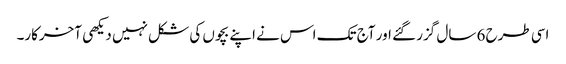
اسی طرح 6 سال گزر گئے اور آج تک اس نے اپنے بچوں کی شکل نہیں دیکھی آخرکار۔